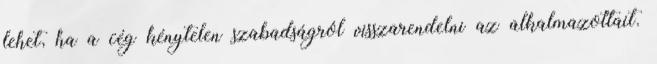
lehet, ha a cég kénytelen szabadságról visszarendelni az alkalmazottait.